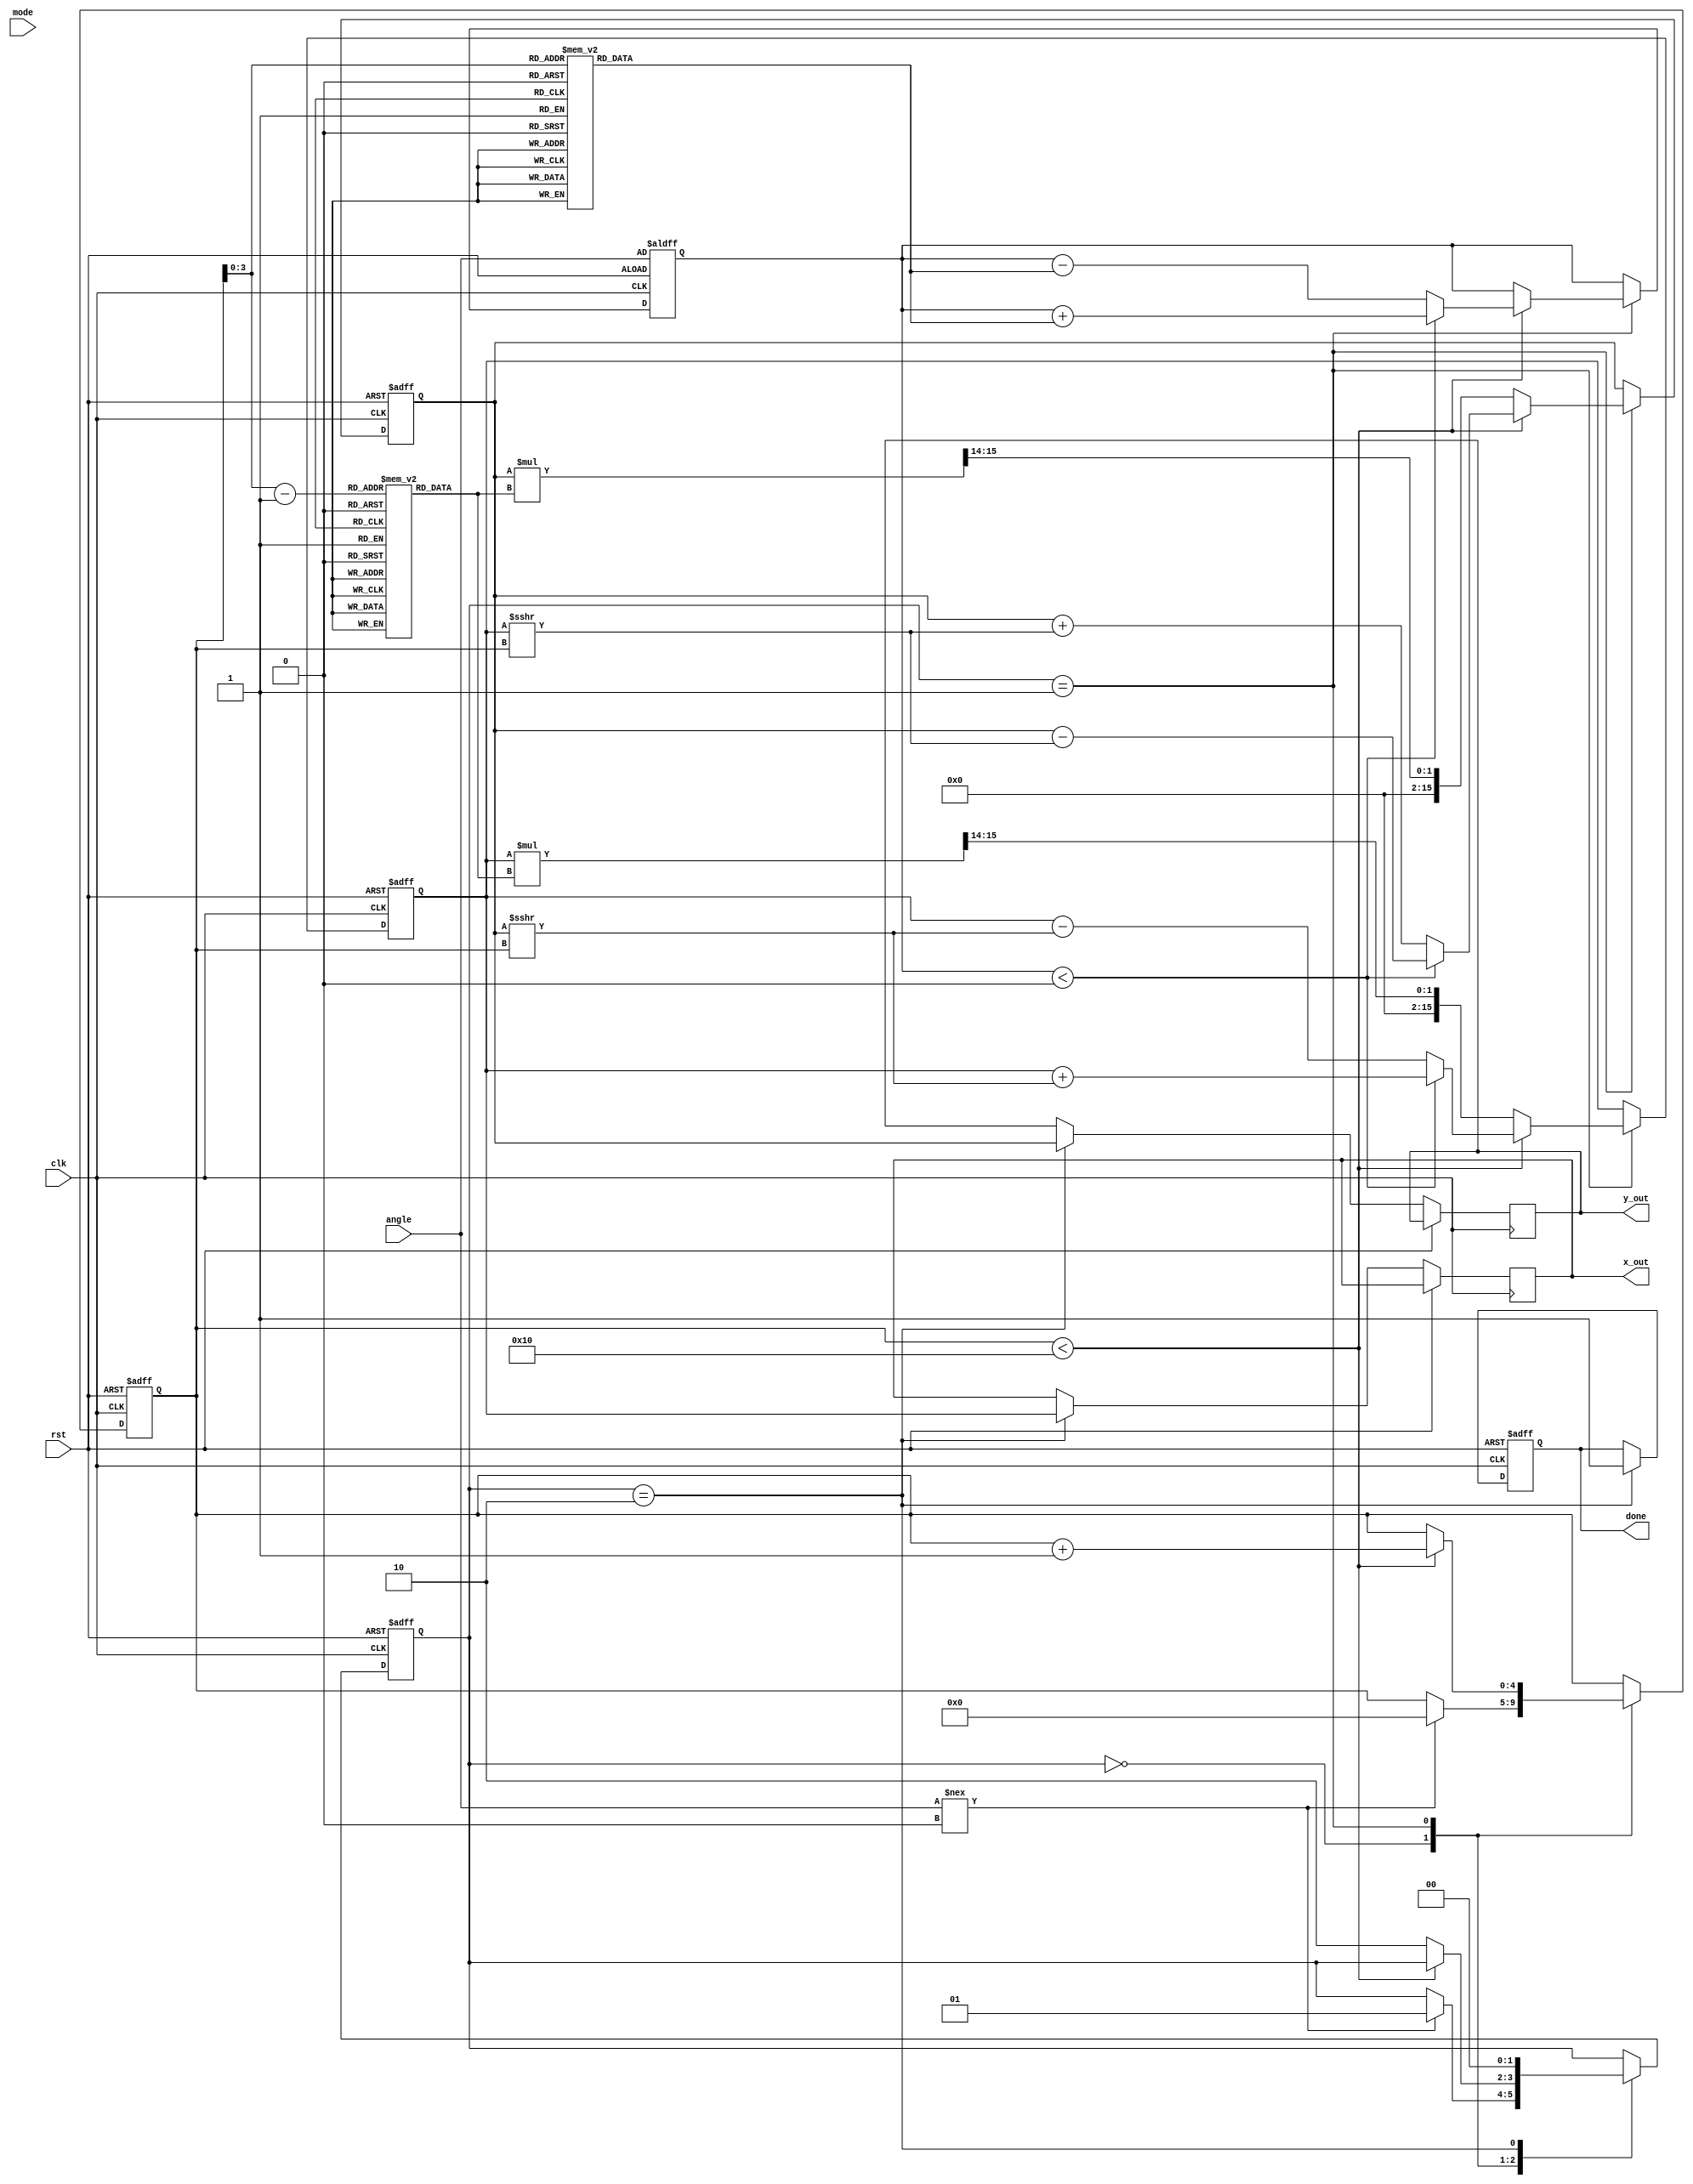
module cordic #(
    parameter WIDTH = 16,          // Bit-width for fixed-point representation
    parameter ITERATIONS = 16      // Number of iterations for precision
)(
    input wire clk,                // Clock signal
    input wire rst,                // Reset signal
    input wire [WIDTH-1:0] angle,  // Input angle in fixed-point format
    input wire mode,               // Mode selector (0: rotation, 1: vectoring)
    output reg [WIDTH-1:0] x_out,  // Output x value
    output reg [WIDTH-1:0] y_out,  // Output y value
    output reg done                // Done signal
);

    // Lookup tables for angles and scaling factors
    reg [WIDTH-1:0] angle_table [0:ITERATIONS-1];
    reg [WIDTH-1:0] scaling_table [0:ITERATIONS-1];

    // CORDIC registers
    reg [WIDTH-1:0] x, y, z;
    reg [4:0] iteration;            // Iteration counter
    reg [1:0] state;                // State machine for control

    // State definitions
    localparam IDLE = 2'b00;
    localparam RUN = 2'b01;
    localparam DONE = 2'b10;

    // Initialize lookup tables
    initial begin
        // Populate angle_table with arctangent values (in fixed-point)
        angle_table[0] = 16'h2000; // atan(1) = pi/4 in fixed-point
        angle_table[1] = 16'h1000; // atan(0.5) = pi/6 in fixed-point
        // ... (fill in the rest of the angle_table)
        
        // Populate scaling_table with scaling factors
        scaling_table[0] = 16'h26DD; // K0
        scaling_table[1] = 16'h1A8D; // K1
        // ... (fill in the rest of the scaling_table)
    end

    // Control unit
    always @(posedge clk or posedge rst) begin
        if (rst) begin
            x <= 16'h0001; // Initial x = 1
            y <= 16'h0000; // Initial y = 0
            z <= angle;    // Load input angle
            iteration <= 0;
            state <= IDLE;
            done <= 0;
        end else begin
            case (state)
                IDLE: begin
                    if (angle !== 0) begin
                        state <= RUN;
                        iteration <= 0;
                    end
                end
                RUN: begin
                    if (iteration < ITERATIONS) begin
                        // Perform CORDIC rotation
                        if (z < 0) begin
                            // Counterclockwise rotation
                            z <= z + angle_table[iteration];
                            x <= x + (y >>> iteration);
                            y <= y - (x >>> iteration);
                        end else begin
                            // Clockwise rotation
                            z <= z - angle_table[iteration];
                            x <= x - (y >>> iteration);
                            y <= y + (x >>> iteration);
                        end
                        iteration <= iteration + 1;
                    end else begin
                        // Final scaling adjustment
                        x <= x * scaling_table[iteration-1] >>> 14; // Adjust for scaling
                        y <= y * scaling_table[iteration-1] >>> 14; // Adjust for scaling
                        state <= DONE;
                    end
                end
                DONE: begin
                    x_out <= x;
                    y_out <= y;
                    done <= 1;
                    state <= IDLE; // Reset for next calculation
                end
            endcase
        end
    end

endmodule